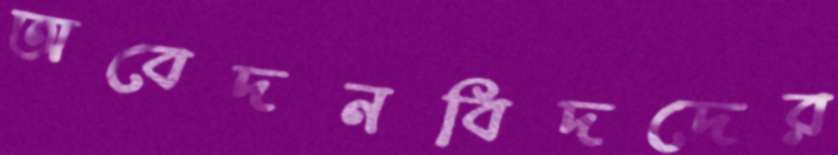
অবেদনবিদদের